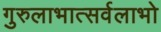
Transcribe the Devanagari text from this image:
गुरुलाभात्सर्वलाभो